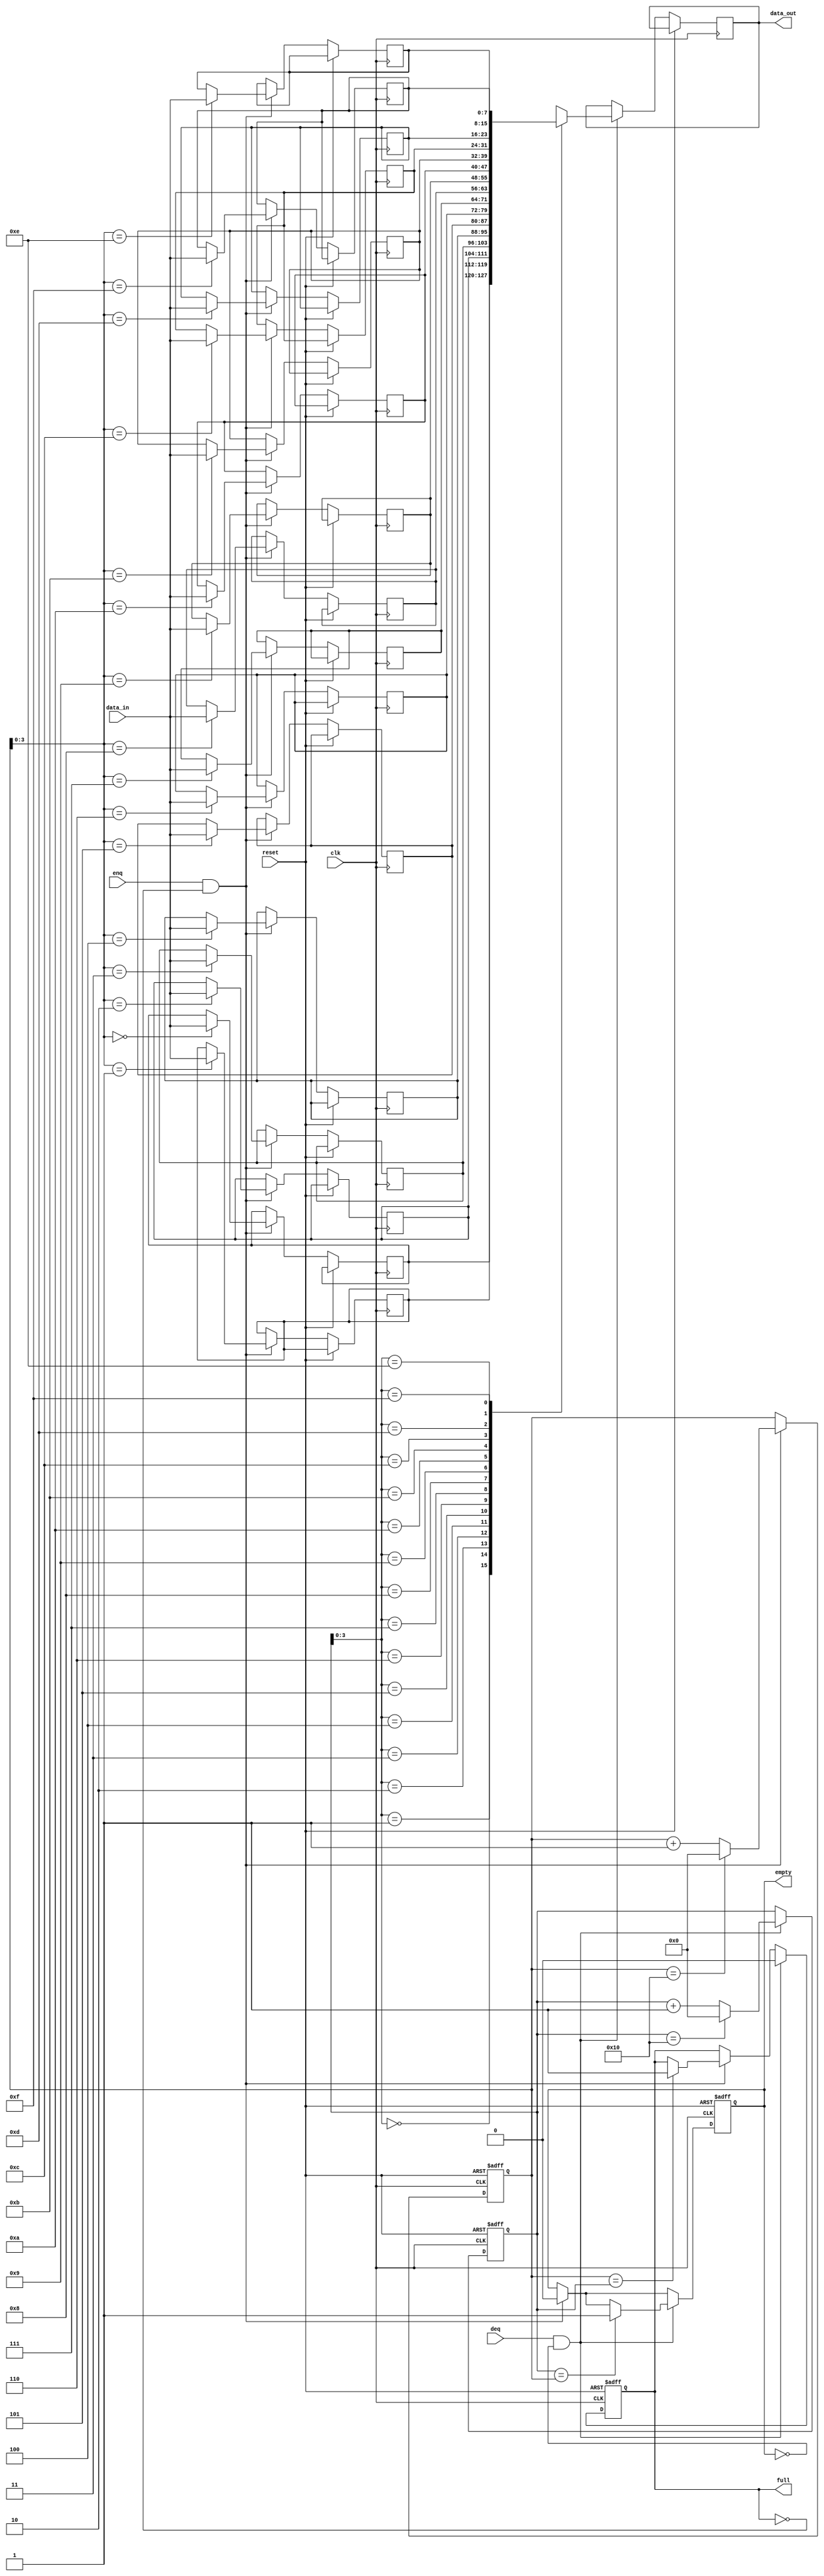
module fifo #(
  parameter DATA_WIDTH = 8,
  parameter DEPTH = 16
)(
  input wire clk,
  input wire reset,
  input wire enq,
  input wire deq,
  input wire [DATA_WIDTH-1:0] data_in,
  output reg [DATA_WIDTH-1:0] data_out,
  output reg full,
  output reg empty
);

reg [DATA_WIDTH-1:0] buffer [0:DEPTH-1];
reg [DATA_WIDTH-1:0] read_pointer;
reg [DATA_WIDTH-1:0] write_pointer;

always @(posedge clk or posedge reset) begin
  if (reset) begin
    read_pointer <= 0;
    write_pointer <= 0;
    full <= 1'b0;
    empty <= 1'b1;
  end else begin
    if (enq && !full) begin
      buffer[write_pointer] <= data_in;
      write_pointer <= write_pointer + 1;
      if (write_pointer == DEPTH) write_pointer <= 0;
      if (write_pointer == read_pointer) full <= 1'b1;
      empty <= 1'b0;
    end
    if (deq && !empty) begin
      data_out <= buffer[read_pointer];
      read_pointer <= read_pointer + 1;
      if (read_pointer == DEPTH) read_pointer <= 0;
      if (read_pointer == write_pointer) empty <= 1'b1;
      full <= 1'b0;
    end
  end
end

endmodule